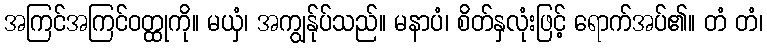
အကြင်အကြင်ဝတ္ထုကို။ မယှံ၊ အကျွန်ုပ်သည်။ မနာပံ၊ စိတ်နှလုံးဖြင့် ရောက်အပ်၏။ တံ တံ၊